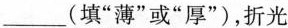
___(填”薄”或”厚”)，折光